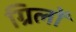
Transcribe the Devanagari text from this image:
ग्रिलों